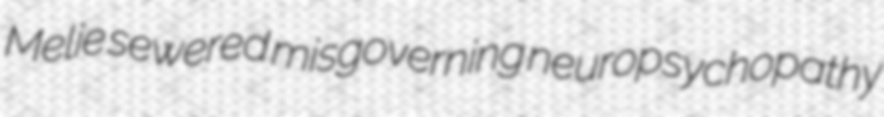
Melie sewered misgoverning neuropsychopathy